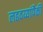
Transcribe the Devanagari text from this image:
लढवय्यांपैकी